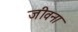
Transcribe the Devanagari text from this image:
जीवना